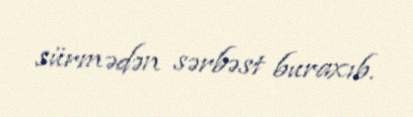
sürmədən sərbəst buraxıb.